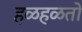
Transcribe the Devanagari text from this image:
हळहळतो